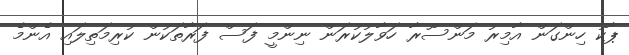
ޕާކު ހިންގަން އާމިރު މަންސޫރާ ހަވާލުކުރަން ނިންމީ ފަސް ފަރާތަކުން ކުރިމަތިލައި އެންމެ